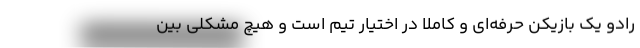
رادو یک بازیکن حرفه‌ای و کاملاً در اختیار تیم است و هیچ مشکلی بین